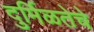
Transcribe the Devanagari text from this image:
दुर्मिळतेचे